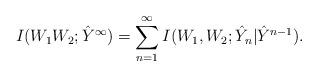
LaTeX: \begin{align*}I(W_1W_2;\hat{Y}^{\infty})&=\sum_{n=1}^{\infty} I(W_1,W_2;\hat{Y}_n|\hat{Y}^{n-1}).\end{align*}